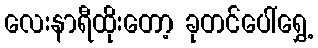
လေးနာရီထိုးတော့ ခုတင်ပေါ်ရွှေ့